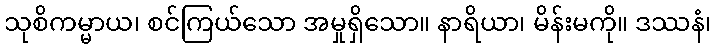
သုစိကမ္မာယ၊ စင်ကြယ်သော အမှုရှိသော။ နာရိယာ၊ မိန်းမကို။ ဒဿနံ၊